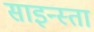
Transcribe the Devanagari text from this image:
साइन्स्ता